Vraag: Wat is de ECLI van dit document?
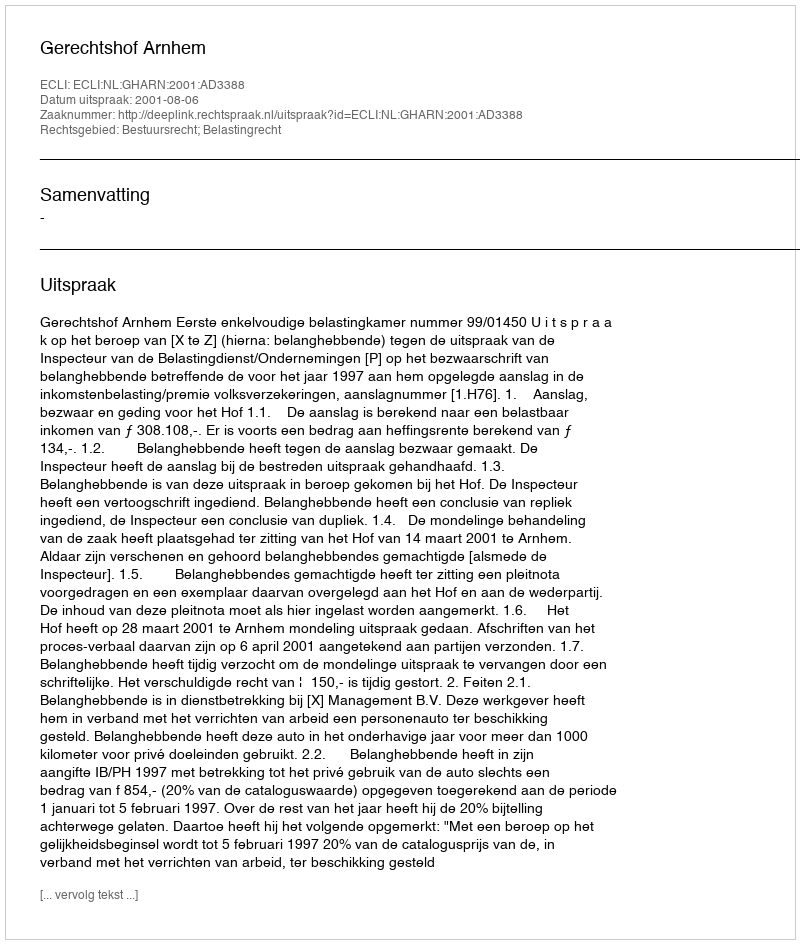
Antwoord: ECLI:NL:GHARN:2001:AD3388